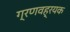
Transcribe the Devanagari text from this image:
ग्रणवह्रयक